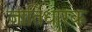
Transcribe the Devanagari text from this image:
जातिधारक